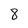
Character: 8